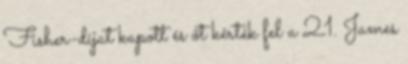
Fisher-díjat kapott és őt kérték fel a 21. James